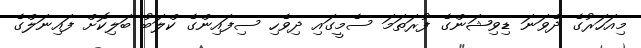
މިއަހަރުގެ ދެވަނަ ޑިވިޝަންގެ ފުރަތަމަ ސެމީގައި ދިވެހި ސިފައިންގެ ކްލަބު ބަލިކޮށް ފައިނަލްގެ